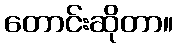
တောင်းဆိုတာ။